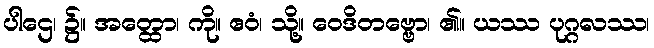
ပါဌေ၊ ၌။ အတ္ထော၊ ကို။ ဧဝံ၊ သို့။ ဝေဒိတဗ္ဗော၊ ၏။ ယဿ ပုဂ္ဂလဿ၊